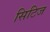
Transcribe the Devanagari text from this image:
सिटिज